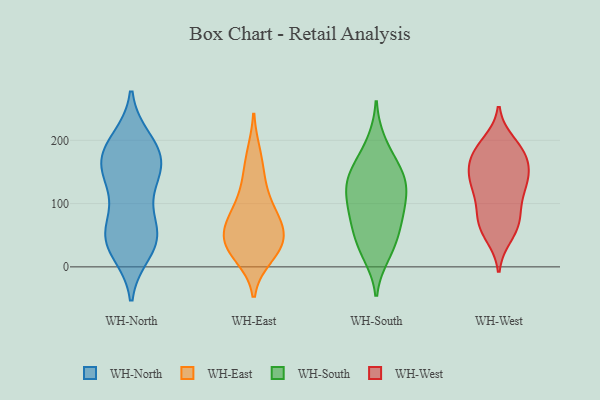
{"axis": {"x": "Customer Acquisition Cost (USD)", "y": "Value"}, "legend": ["WH-East", "WH-North", "WH-South", "WH-West"], "data": [{"x": "", "y": 128, "type": "WH-North"}, {"x": "", "y": 30, "type": "WH-North"}, {"x": "", "y": 179, "type": "WH-North"}, {"x": "", "y": 57, "type": "WH-North"}, {"x": "", "y": 53, "type": "WH-North"}, {"x": "", "y": 198, "type": "WH-North"}, {"x": "", "y": 148, "type": "WH-North"}, {"x": "", "y": 200, "type": "WH-North"}, {"x": "", "y": 62, "type": "WH-North"}, {"x": "", "y": 41, "type": "WH-North"}, {"x": "", "y": 175, "type": "WH-North"}, {"x": "", "y": 172, "type": "WH-North"}, {"x": "", "y": 24, "type": "WH-North"}, {"x": "", "y": 158, "type": "WH-North"}, {"x": "", "y": 158, "type": "WH-North"}, {"x": "", "y": 47, "type": "WH-North"}, {"x": "", "y": 110, "type": "WH-North"}, {"x": "", "y": 32, "type": "WH-East"}, {"x": "", "y": 32, "type": "WH-East"}, {"x": "", "y": 18, "type": "WH-East"}, {"x": "", "y": 141, "type": "WH-East"}, {"x": "", "y": 177, "type": "WH-East"}, {"x": "", "y": 41, "type": "WH-East"}, {"x": "", "y": 43, "type": "WH-East"}, {"x": "", "y": 70, "type": "WH-East"}, {"x": "", "y": 78, "type": "WH-East"}, {"x": "", "y": 74, "type": "WH-East"}, {"x": "", "y": 109, "type": "WH-East"}, {"x": "", "y": 126, "type": "WH-South"}, {"x": "", "y": 29, "type": "WH-South"}, {"x": "", "y": 140, "type": "WH-South"}, {"x": "", "y": 114, "type": "WH-South"}, {"x": "", "y": 138, "type": "WH-South"}, {"x": "", "y": 101, "type": "WH-South"}, {"x": "", "y": 19, "type": "WH-South"}, {"x": "", "y": 166, "type": "WH-South"}, {"x": "", "y": 70, "type": "WH-South"}, {"x": "", "y": 89, "type": "WH-South"}, {"x": "", "y": 45, "type": "WH-South"}, {"x": "", "y": 71, "type": "WH-South"}, {"x": "", "y": 197, "type": "WH-South"}, {"x": "", "y": 150, "type": "WH-South"}, {"x": "", "y": 189, "type": "WH-West"}, {"x": "", "y": 141, "type": "WH-West"}, {"x": "", "y": 186, "type": "WH-West"}, {"x": "", "y": 76, "type": "WH-West"}, {"x": "", "y": 53, "type": "WH-West"}, {"x": "", "y": 127, "type": "WH-West"}, {"x": "", "y": 85, "type": "WH-West"}, {"x": "", "y": 141, "type": "WH-West"}, {"x": "", "y": 69, "type": "WH-West"}, {"x": "", "y": 144, "type": "WH-West"}, {"x": "", "y": 48, "type": "WH-West"}, {"x": "", "y": 171, "type": "WH-West"}, {"x": "", "y": 117, "type": "WH-West"}, {"x": "", "y": 106, "type": "WH-West"}, {"x": "", "y": 197, "type": "WH-West"}, {"x": "", "y": 166, "type": "WH-West"}, {"x": "", "y": 181, "type": "WH-West"}, {"x": "", "y": 70, "type": "WH-West"}, {"x": "", "y": 161, "type": "WH-West"}, {"x": "", "y": 131, "type": "WH-West"}]}